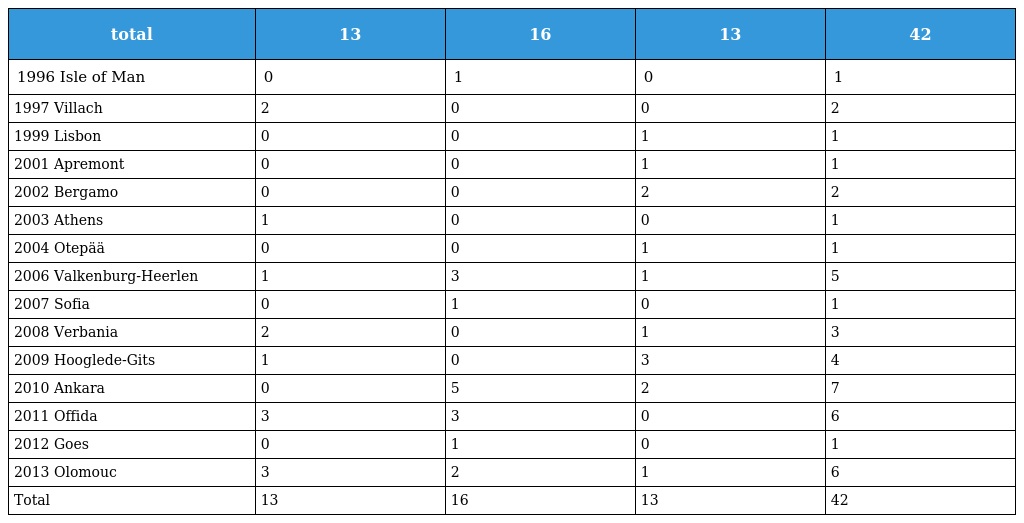
| total | 13 | 16 | 13 | 42 |
 | --- | --- | --- | --- | --- |
 | 1996 Isle of Man | 0 | 1 | 0 | 1 |
 | 1997 Villach | 2 | 0 | 0 | 2 |
 | 1999 Lisbon | 0 | 0 | 1 | 1 |
 | 2001 Apremont | 0 | 0 | 1 | 1 |
 | 2002 Bergamo | 0 | 0 | 2 | 2 |
 | 2003 Athens | 1 | 0 | 0 | 1 |
 | 2004 Otepää | 0 | 0 | 1 | 1 |
 | 2006 Valkenburg-Heerlen | 1 | 3 | 1 | 5 |
 | 2007 Sofia | 0 | 1 | 0 | 1 |
 | 2008 Verbania | 2 | 0 | 1 | 3 |
 | 2009 Hooglede-Gits | 1 | 0 | 3 | 4 |
 | 2010 Ankara | 0 | 5 | 2 | 7 |
 | 2011 Offida | 3 | 3 | 0 | 6 |
 | 2012 Goes | 0 | 1 | 0 | 1 |
 | 2013 Olomouc | 3 | 2 | 1 | 6 |
 | Total | 13 | 16 | 13 | 42 |